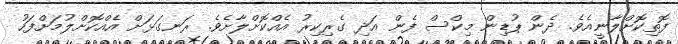
ފޮތިކޮށްލާނީއެވެ. ދެން ޕުޑިން މިކްސް ފެން އަދި ގެރިކިރު އެއްކޮށްލާށެވެ. ރަނގަޅަށް އެއްކޮށްލުމަށްފަހު